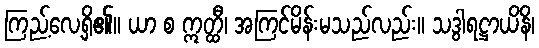
ကြည့်လေ့ရှိ၏။ ယာ စ ဣတ္ထီ၊ အကြင်မိန်းမသည်လည်း။ သဒွါရဋ္ဌာယိနိ၊